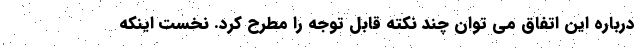
درباره این اتفاق می توان چند نکته قابل توجه را مطرح کرد. نخست اینکه